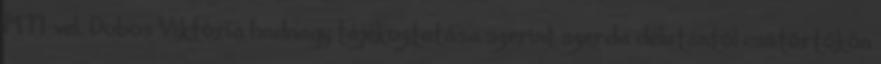
MTI-vel. Dobos Viktória hadnagy tájékoztatása szerint szerda délutántól csütörtökön